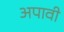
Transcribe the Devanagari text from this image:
अपावी